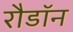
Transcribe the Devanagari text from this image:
रौडॉन